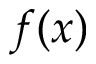
f ( x )